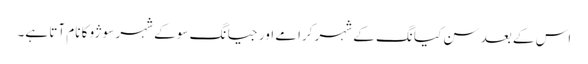
اس کے بعد سن کیانگ کے شہر کرامے اور جیانگ سو کے شہر سوژو کا نام آتا ہے۔